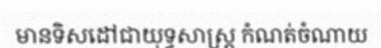
មានទិសដៅជាយុទ្ធសាស្ត្រ កំណត់ចំណាយ